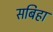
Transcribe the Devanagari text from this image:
सबिहा